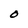
Character: O